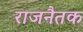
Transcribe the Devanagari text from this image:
राजनैतक